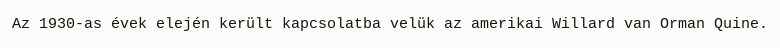
Az 1930-as évek elején került kapcsolatba velük az amerikai Willard van Orman Quine.